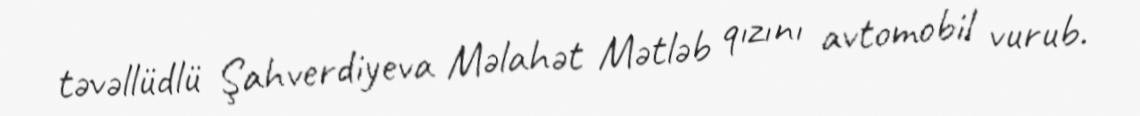
təvəllüdlü Şahverdiyeva Məlahət Mətləb qızını avtomobil vurub.